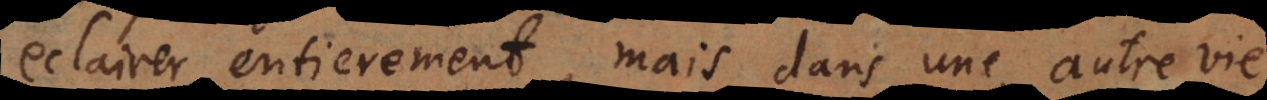
eclairer entierement, mais dans une autre vie.